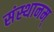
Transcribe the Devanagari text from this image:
संस्थानम्